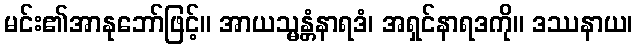
မင်း၏အာနုဘော်ဖြင့်။ အာယသ္မန္တံနာရဒံ၊ အရှင်နာရဒကို။ ဒဿနာယ၊